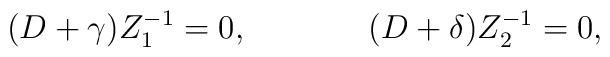
(D+\gamma )Z_{1}^{-1}=0,~~~~~~~~~~~(D+\delta )Z_{2}^{-1}=0,